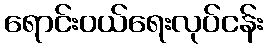
ရောင်းဝယ်ရေးလုပ်ငန်း